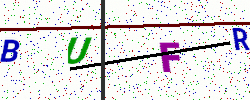
Text: BUFR